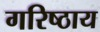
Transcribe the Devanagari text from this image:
गरिष्ठाय